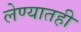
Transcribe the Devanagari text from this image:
लेण्यातही